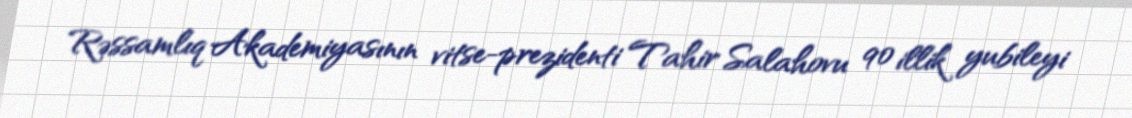
Rəssamlıq Akademiyasının vitse-prezidenti Tahir Salahovu 90 illik yubileyi